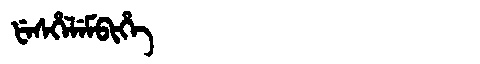
Manchu: ᡶᡝᠰᡥᡝᠯᡝᠮᠪᡳᡥᡝ
Romanization: FESHELEMBIHE